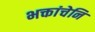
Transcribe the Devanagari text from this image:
भक्तांचेनि